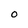
Character: O